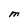
Character: M